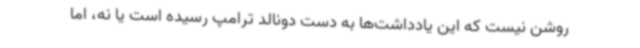
روشن نیست که این یادداشت‌ها به دست دونالد ترامپ رسیده است یا نه، اما